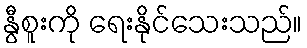
နွီစူးကို ရေးနိုင်သေးသည်။